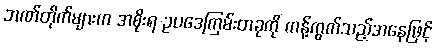
ဘဏ်တိုက်များက အစိုးရ ဥပဒေကြမ်းတခုကို ကန့်ကွက်သည့်အနေဖြင့်